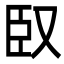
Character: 臤